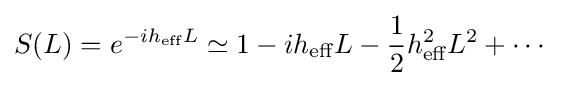
S(L)=e^{-ih_{\text{eff}}L}\simeq 1-ih_{\text{eff}}L-{\frac {1}{2}}h_{\text{eff}}^{2}L^{2}+\cdots